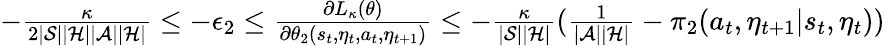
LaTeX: \begin{array}{r}{-\frac{\kappa}{2|\mathcal{S}||\mathcal{H}||\mathcal{A}||\mathcal{H}|}\le-\epsilon_{2}\le\frac{\partial L_{\kappa}(\theta)}{\partial\theta_{2}(s_{t},\eta_{t},a_{t},\eta_{t+1})}\le-\frac{\kappa}{|\mathcal{S}||\mathcal{H}|}(\frac{1}{|\mathcal{A}||\mathcal{H}|}-\pi_{2}(a_{t},\eta_{t+1}|s_{t},\eta_{t}))}\end{array}